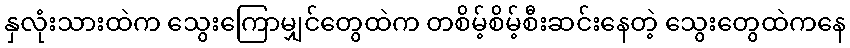
နှလုံးသားထဲက သွေးကြောမျှင်တွေထဲက တစိမ့်စိမ့်စီးဆင်းနေတဲ့ သွေးတွေထဲကနေ